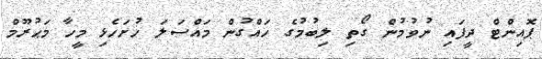
ޕޮއިންޓް ދީފައި ނުވުމުން ގޯތި ލިބުމުގެ ހައްގުން މައްސަލަ ހުށަހެޅި މީހާ މަޙުރޫމް